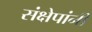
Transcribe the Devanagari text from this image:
संक्षेपांनी